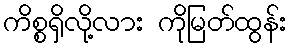
ကိစ္စရှိလို့လား ကိုမြတ်ထွန်း